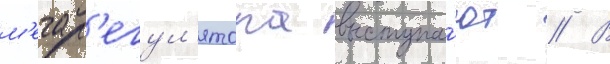
м'егар'егул'ятора выступа́ют // В